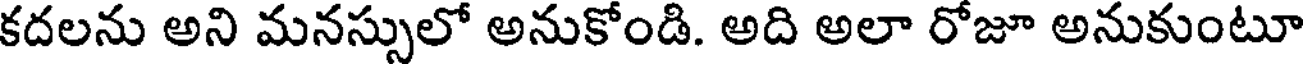
కదలను అని మనస్సులో అనుకోండి. అది అలా రోజూ అనుకుంటూ